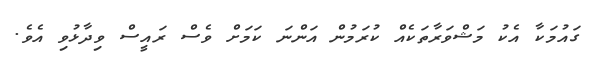
ގައުމަކާ އެކު މަޝްވަރާތަކެއް ކުރަމުން އަންނަ ކަމަށް ވެސް ރައީސް ވިދާޅުވި އެވެ.